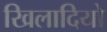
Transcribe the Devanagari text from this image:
खिलादियो